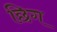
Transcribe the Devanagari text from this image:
छिग